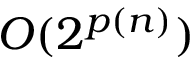
O ( 2 ^ { p ( n ) } )